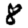
Digit: 8